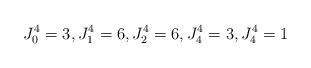
LaTeX: \begin{align*} J_0^4 = 3,J_1^4 = 6,J_2^4 = 6,J_4^4 = 3,J_4^4 = 1 \end{align*}